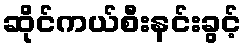
ဆိုင်ကယ်စီးနင်းခွင့်